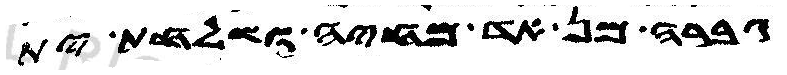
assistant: גברה מן אד מחיה ושלחת ית